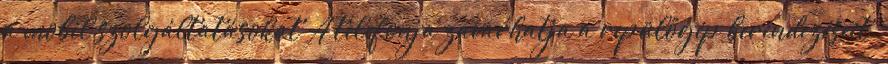
a mobil szolgáltatásokat A telefonja zavarhatja a repülőgép berendezéseit.